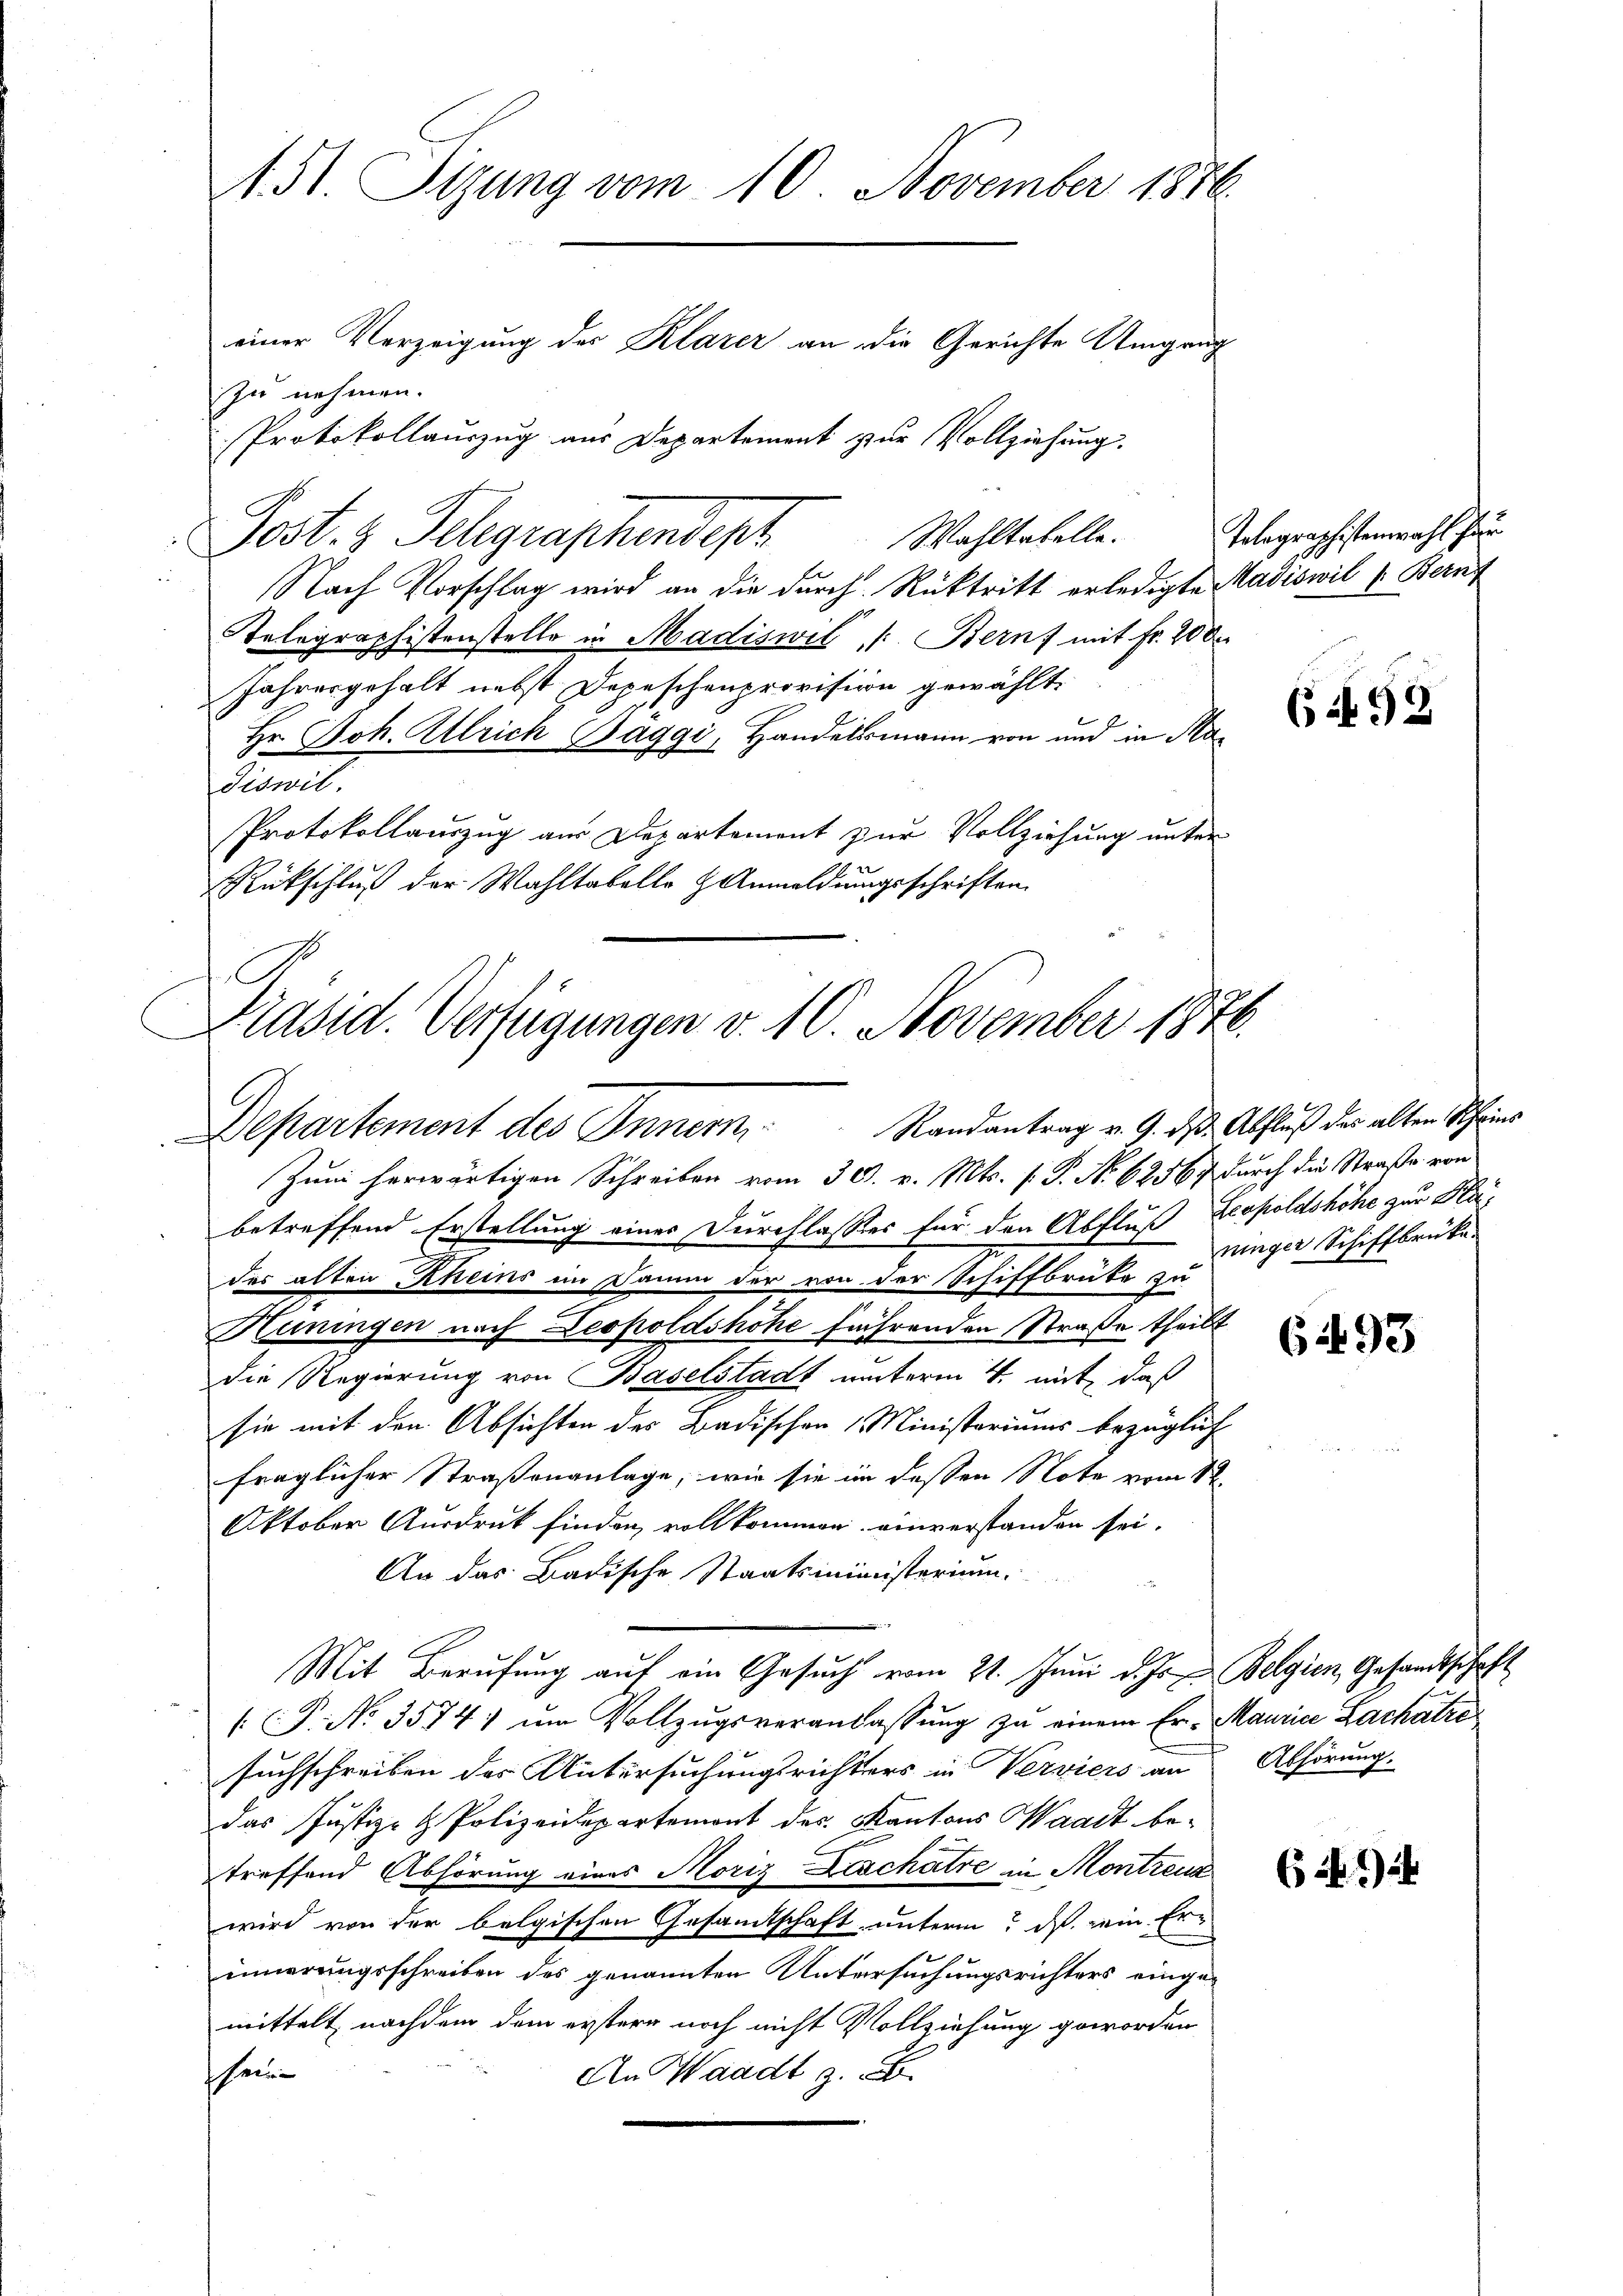
151. Sizung vom 10. November 1876.
einer Verzeigung der Klarer an die Gerichte Umgang
zu nehmen.
Protokollauszug aus Departement zur Vollziehung.

Wahltatelle.
Post. 3 Telegraphendeph
Nach Vorschlag wird an die durch Rücktritt erledigte Madiswil (Bernf
Telegraphistenstelle in Madiswil /: Bern, mit Fr. 200.
Jahresgehalt nebst Depeschenprovision gewählt
Hr. Joh. Ulrich Baggi, Handelsmann von und in Madiswil.
Protokollauszug aus Departemont zur Vollziehung unter
Rückschluß der Wahltabelle Anmeldungsschriften
Departement des Innern Randantrag v. 9. des Abfluß der alten Schein¬
Zum herwärtigen Schreiben vom 30. v. Mts. s. P. No 62567 durch die Straße von
betreffend Erstellung eines Durchlasses für den Abfluß Leopoldshöhe zur Flaides alten Rheins im Damm der von der Schiffbrüte zu
Heningen nach Leopoldshöhe führenden Straße theilt
die Regierung von Baselstadt unterm 4. mit, daß
sie mit den Absichten des Badischen 1 Ministeriums bezüglich
fraglicher Straßenanlage, wie sie in dessen Note vom 1ten
Oktober Ausdruck finden vollkommen, einverstanden sei.
An das Badische Staatsministerium.
Mit Berufung auf ein Gesuch vom 21. Juni d. Js. Belgien, Gesandtschaft
 P. No 3574) ŭm Vollzŭgsveranlassŭng zu einem Er- Mannia Lachatze
suchschreiben des Untersuchungsrichters in Verviers an Abhörung.
das Justiz- & Polizeidepartemont des Kantons Waadt betreffend Abhörung eines Moriz Zachatre in Montreux
wird von der belgischen Gesamtschaft unterm ds. sein Erinnerungsschreiben des genannten Untersuchungsrichters eingemittelt nachdem dem erstere noch nicht Vollziehung geworden
hein
An Waadt z. B.

Präsid. Verfügungen v. 10. November 1876.

Telegraphistenwahl her

6493

ninger Schiffbrüke

6493

6 Al. 2